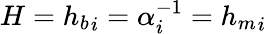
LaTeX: H={h_{b}}_{i}=\alpha_{i}^{-1}={h_{m}}_{i}